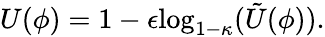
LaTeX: U(\phi)=1-\epsilon\mathrm{log}_{1-\kappa}(\tilde{U}(\phi)).